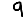
Digit: 9